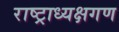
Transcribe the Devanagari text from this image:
राष्ट्राध्यक्षगण